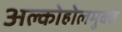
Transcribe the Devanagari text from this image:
अल्कोहोलमुक्त